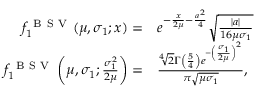
\begin{array} { r l } { f _ { 1 } ^ { \mathrm { ~ B ~ S ~ V ~ } } ( \mu , \sigma _ { 1 } ; x ) = } & { { } e ^ { - \frac { x } { 2 \mu } - \frac { a ^ { 2 } } 4 } \sqrt { \frac { | a | } { 1 6 \mu \sigma _ { 1 } } } } \\ { f _ { 1 } ^ { \mathrm { ~ B ~ S ~ V ~ } } \left( \mu , \sigma _ { 1 } ; \frac { \sigma _ { 1 } ^ { 2 } } { 2 \mu } \right) = } & { { } \frac { \sqrt [ 4 ] { 2 } \Gamma \left( \frac { 5 } { 4 } \right) e ^ { - \left( \frac { \sigma _ { 1 } } { 2 \mu } \right) ^ { 2 } } } { \pi \sqrt { \mu \sigma _ { 1 } } } , } \end{array}